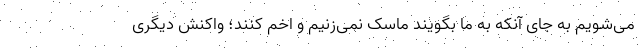
می‌شویم به جای آنکه به ما بگویند ماسک نمی‌زنیم و اخم کنند؛ واکنش دیگری